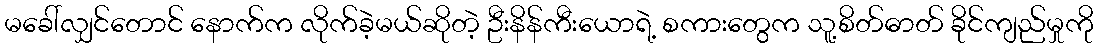
မခေါ်လျှင်တောင် နောက်က လိုက်ခဲ့မယ်ဆိုတဲ့ ဦးနိန်ကီးယောရဲ့ စကားတွေက သူ့စိတ်ဓာတ် ခိုင်ကျည်မှုကို